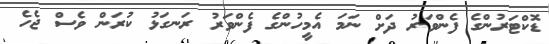
ޑޮކްޓަރުންގެ ފެންވަރު ދަށް ނަމަ އެމީހުންގެ ފެންވަރު ރަނގަޅު ކުރަން ވެސް ޖެހެ